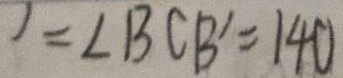
= \angle B C B ^ { \prime } = 1 4 0